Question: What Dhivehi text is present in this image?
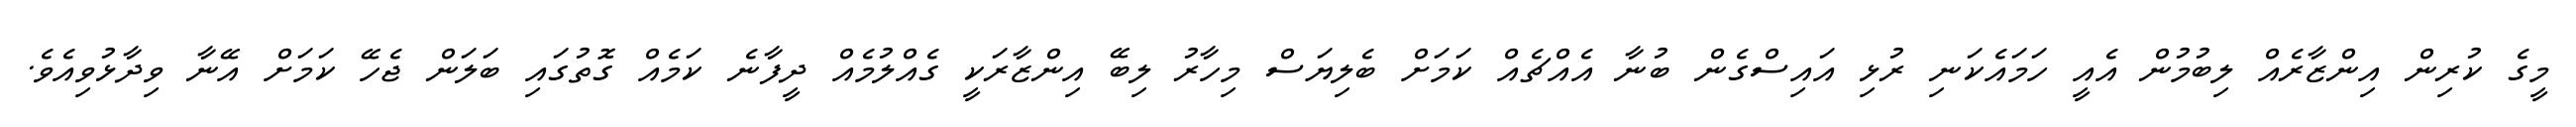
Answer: މީގެ ކުރިން އިންޒާރެއް ލިބުމުން އެއީ ހަމައެކަނި ރުޅި އައިސްގެން ބުނާ އެއްޗެއް ކަމަށް ބެލިޔަސް މިހާރު ލިބޭ އިންޒާރަކީ ގެއްލުމެއް ދީފާނެ ކަމެއް ގޮތުގައި ބަލަން ޖެހޭ ކަމަށް އޭނާ ވިދާޅުވިއެވެ.